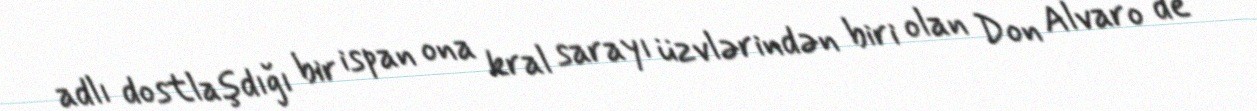
adlı dostlaşdığı bir ispan ona kral sarayı üzvlərindən biri olan Don Alvaro de